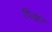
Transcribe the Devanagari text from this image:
पिआर